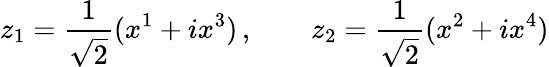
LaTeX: z_{1}=\frac{1}{\sqrt{2}}(x^{1}+ix^{3})\, ,\qquad z_{2}=\frac{1}{\sqrt{2}}(x^{2}+ix^{4})